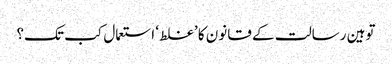
توہین رسالت کے قانون کا ’غلط‘ استعمال کب تک؟